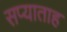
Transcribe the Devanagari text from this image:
सप्याताह